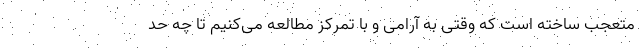
متعجب ساخته است که وقتی به آرامی و با تمرکز مطالعه می‌کنیم تا چه حد